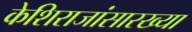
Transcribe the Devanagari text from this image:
केशिराजांसारख्या